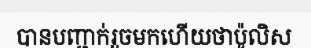
បានបញ្ជាក់រួចមកហើយថាប៉ូលិស